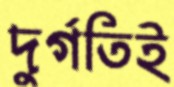
দুর্গতিই